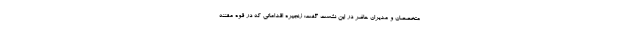
متخصصان و مدیران حاضر در این نشست گفت: زنجیره اقداماتی که در قوه مقننه